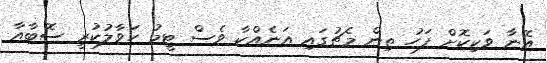
އޭނާ ވަކިކޮށް ފަހު ތިން މެޗުގައި އަނެއްކާ ވެސް ޓީމު ހަވާލުކުރީ ސޮބާއާ